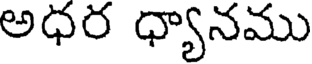
అధర ధ్యానము